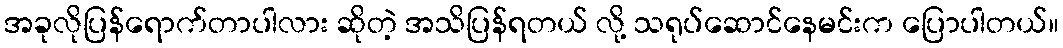
အခုလိုပြန်ရောက်တာပါလား ဆိုတဲ့ အသိပြန်ရတယ် လို့ သရုပ်ဆောင်နေမင်းက ပြောပါတယ်။